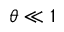
\theta \ll 1